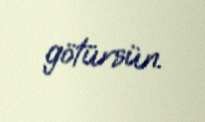
götürsün.